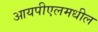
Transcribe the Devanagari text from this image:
आयपीएलमधील